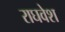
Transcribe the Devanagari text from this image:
राघवेश